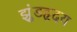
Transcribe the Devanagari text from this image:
झुंडहृदय